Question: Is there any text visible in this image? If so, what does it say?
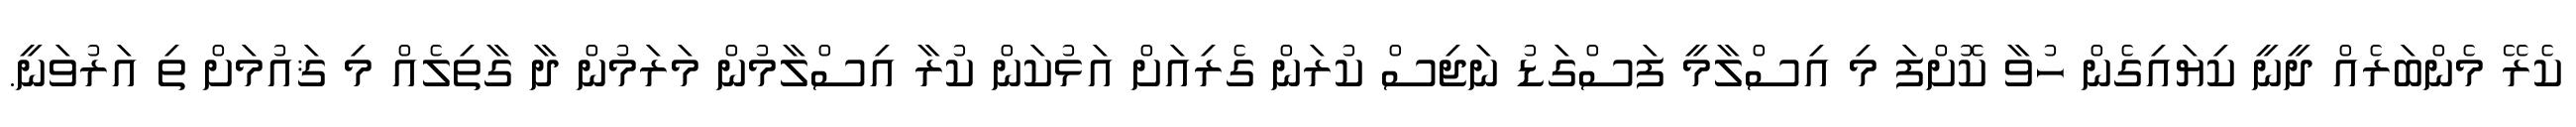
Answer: ކެރޭ މެންބަރެއް ދީނީ ކިޔައިގެން ހުވާ ކޮށްފަ މި އިސްލާމީ ފަސްގަޑު ނަޖިސް ކުރަން ގެރިއަށް އަޅުކަން ކުރާ އިސްލާމުން މަރަމުން ދާ ގާތިލެއް މި ޤައުމަށް ތި އަރުވަނީ.